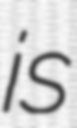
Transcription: is